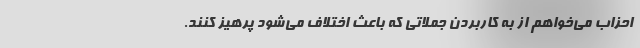
احزاب می‌خواهم از به کاربردن جملاتی که باعث اختلاف می‌شود پرهیز کنند.